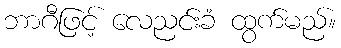
ဘာဂီဖြင့် လေညင်းခံ ထွက်မည်။